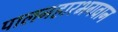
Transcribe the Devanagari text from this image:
पालनहारभगवान